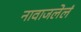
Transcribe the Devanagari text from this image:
नावाजलेलं